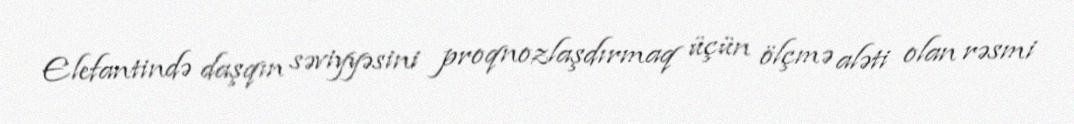
Elefantində daşqın səviyyəsini proqnozlaşdırmaq üçün ölçmə aləti olan rəsmi